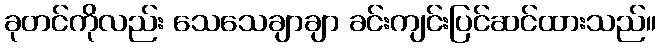
ခုတင်ကိုလည်း သေသေချာချာ ခင်းကျင်းပြင်ဆင်ထားသည်။